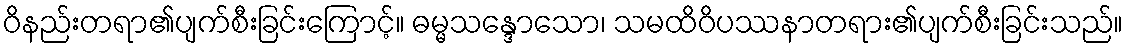
ဝိနည်းတရာ၏ပျက်စီးခြင်းကြောင့်။ ဓမ္မသန္ဒောသော၊ သမထိဝိပဿနာတရား၏ပျက်စီးခြင်းသည်။